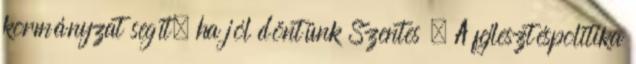
kormányzat segít, ha jól döntünk Szentes – A fejlesztéspolitika